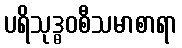
ပရိသုဒ္ဓဝစီသမာစာရာ